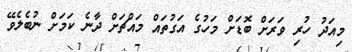
މިއަދު ހުރި ވަރަށް ބޮޑަށް މަހުގެ އަގުތައް މައްޗަށް ދާނެ ކަމަށް ނުބެލެވޭ